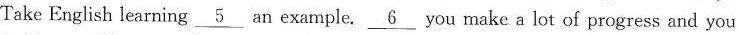
Take English learning\underline{5}an example.\underline{6}you make a lot of progress and you